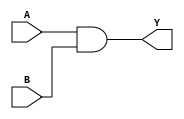
`timescale 1ns / 1ps

/*
AND2X1
AOI21X1
BUFX2
FAX1
HAX1
INVX1
MUX2X1
NAND2X1
NAND3X1
NOR2X1
NOR3X1
OAI21X1
OR2X1
XNOR2X1
XOR2X1

*/

module AND2X1(input A, input B, output Y );
	 assign Y = A & B;
endmodule

module AOI21X1( input A, input B, input C, output Y );
	assign Y = ~((A & B) | C);
endmodule

module BUFX2(input A, output Y );
	 assign Y = A;
endmodule

module FAX1( input A, input B, input C, output YS, output YC );
	assign YS = (A ^ B) ^ C;
	assign YC = (A & B) | (B & C) | (A & C);
endmodule

module HAX1( input A, input B, output YS, output YC );
	assign YS = A ^ B;
	assign YC = A & B;
endmodule

module INVX1(input A, output Y );
	 assign Y = ~A;
endmodule

module MUX2X1( input A, input B, input S, output Y );
	assign Y = (A & ~S) | (B & S);
endmodule


module NAND2X1(input A, input B, output Y );
	 assign Y = ~(A & B);
endmodule

module NAND3X1(input A, input B, input C, output Y );
	 assign Y = ~((A & B) & C);
endmodule

module NOR2X1(input A, input B, output Y );
	 assign Y = ~(A | B);
endmodule

module NOR3X1(input A, input B, input C, output Y );
	 assign Y = ~((A | B) | C);
endmodule

module OAI21X1( input A, input B, input C, output Y );
	assign Y = ~((A | B) & C);
endmodule

module OR2X1(input A, input B, output Y );
	 assign Y = A | B;
endmodule

module XNOR2X1(input A, input B, output Y );
	 assign Y = ~(A ^ B);
endmodule

module XOR2X1(input A, input B, output Y );
	 assign Y = A ^ B;
endmodule